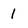
Character: 1